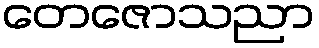
တေဇောသညာ